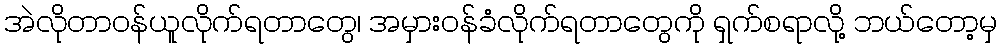
အဲလိုတာဝန်ယူလိုက်ရတာတွေ၊ အမှားဝန်ခံလိုက်ရတာတွေကို ရှက်စရာလို့ ဘယ်တော့မှ